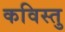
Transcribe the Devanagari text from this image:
कविस्तु